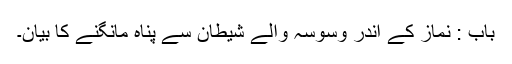
باب : نماز کے اندر وسوسہ والے شیطان سے پناہ مانگنے کا بیان۔